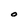
Character: O